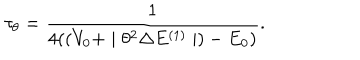
LaTeX: \tau _ { \theta } = \frac { 1 } { 4 ( ( V _ { 0 } + \mid \theta ^ { 2 } \Delta E ^ { ( 1 ) } \mid ) - E _ { 0 } ) } .